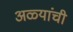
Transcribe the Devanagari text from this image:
अळ्यांची